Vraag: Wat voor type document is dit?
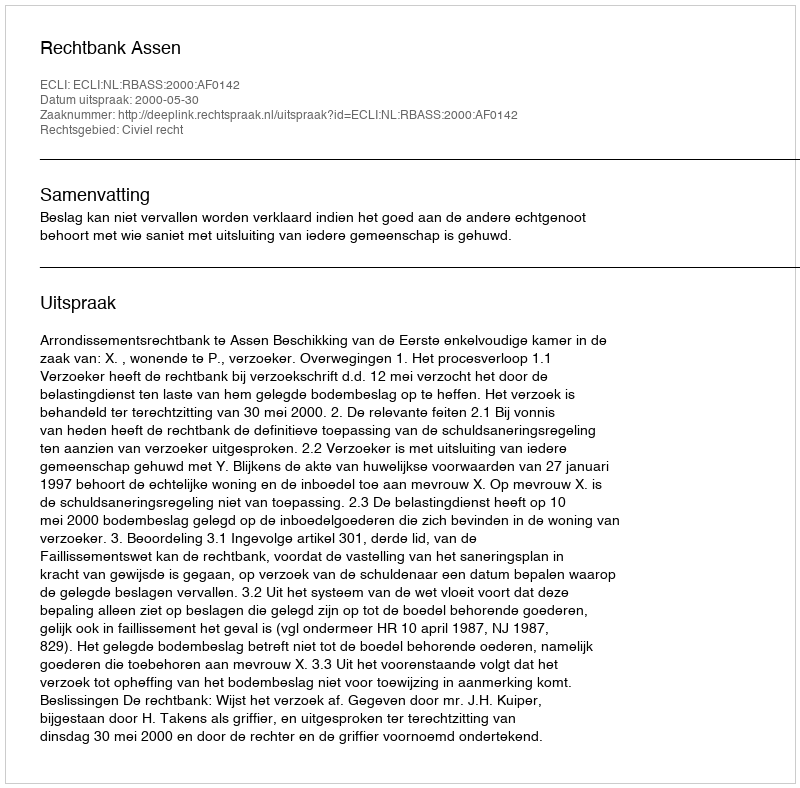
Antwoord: Uitspraak